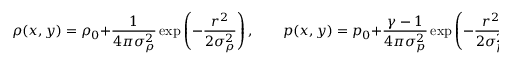
\rho ( x , y ) = \rho _ { 0 } + \frac { 1 } { 4 \pi \sigma _ { \rho } ^ { 2 } } \exp \left( - \frac { r ^ { 2 } } { 2 \sigma _ { \rho } ^ { 2 } } \right) , \qquad p ( x , y ) = p _ { 0 } + \frac { \gamma - 1 } { 4 \pi \sigma _ { p } ^ { 2 } } \exp \left( - \frac { r ^ { 2 } } { 2 \sigma _ { p } ^ { 2 } } \right) , \qquad r ^ { 2 } = x ^ { 2 } + y ^ { 2 }